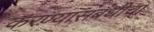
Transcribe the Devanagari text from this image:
करण्यासंबंधीचा